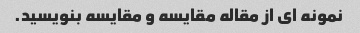
نمونه ای از مقاله مقایسه و مقایسه بنویسید.